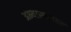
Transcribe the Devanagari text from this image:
अभ्यासकांवर